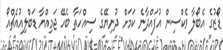
ޑޯޒުގެ އެބޯލާ ވެކްސިން އުފައްދާނެ ކަމަށް ދުނިޔޭގެ ސިއްހަތާ ބެހޭ ޖަމިއްޔާ ޑަބްލިއުއެޗްއޯ